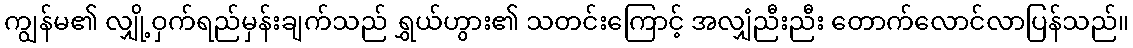
ကျွန်မ၏ လျှို့ဝှက်ရည်မှန်းချက်သည် ရွှယ်ဟွား၏ သတင်းကြောင့် အလျှံညီးညီး တောက်လောင်လာပြန်သည်။